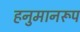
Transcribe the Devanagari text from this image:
हनुमानरूप